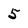
Character: 5